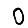
Digit: 0